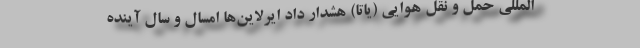
المللی حمل و نقل هوایی (یاتا) هشدار داد ایرلاین‌ها امسال و سال آینده